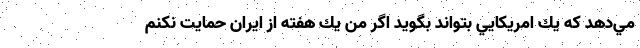
مي‌دهد كه يك امريكايي بتواند بگويد اگر من يك هفته از ايران حمايت نكنم